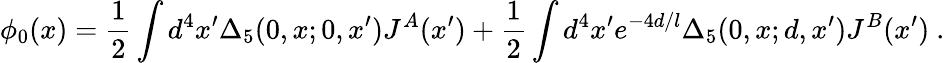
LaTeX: \phi_{0}(x)={\frac{1}{2}}\int d^{4}x^{\prime}\Delta_{5}(0,x;0,x^{\prime})J^{A}(x^{\prime})+{\frac{1}{2}}\int d^{4}x^{\prime}e^{-4d/l}\Delta_{5}(0,x;d,x^{\prime})J^{B}(x^{\prime})\ .